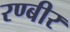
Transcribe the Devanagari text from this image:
रण्बीर